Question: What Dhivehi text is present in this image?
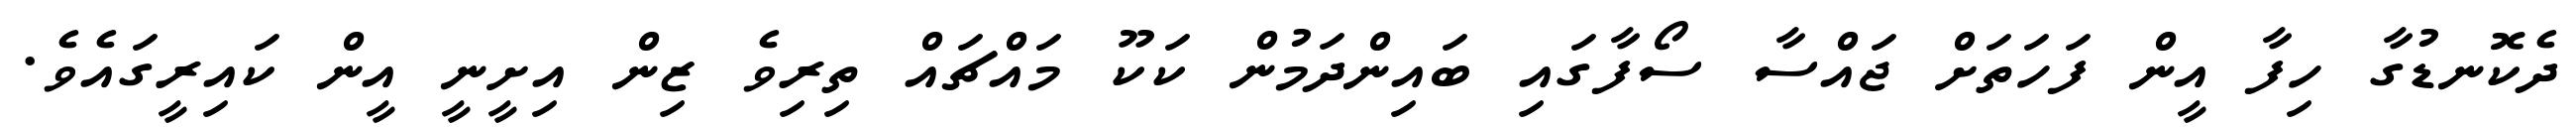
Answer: ދެކޮނޑުގާ ހިފާ އީން ފަހަތަށް ޖައްސާ ސޯފާގައި ބައިންދަމުން ކަކޫ މައްޗައް ތިރިވެ ޒިން އިށީނީ އީން ކައިރީގައެވެ.